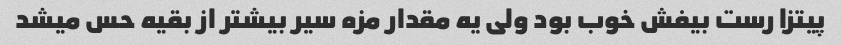
پیتزا رست بیفش خوب بود ولی یه مقدار مزه سیر بیشتر از بقیه حس میشد